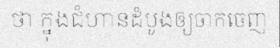
ថា ក្នុងជំហានដំបូងឲ្យចាកចេញ